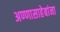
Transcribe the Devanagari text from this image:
अण्णासाहेबांना